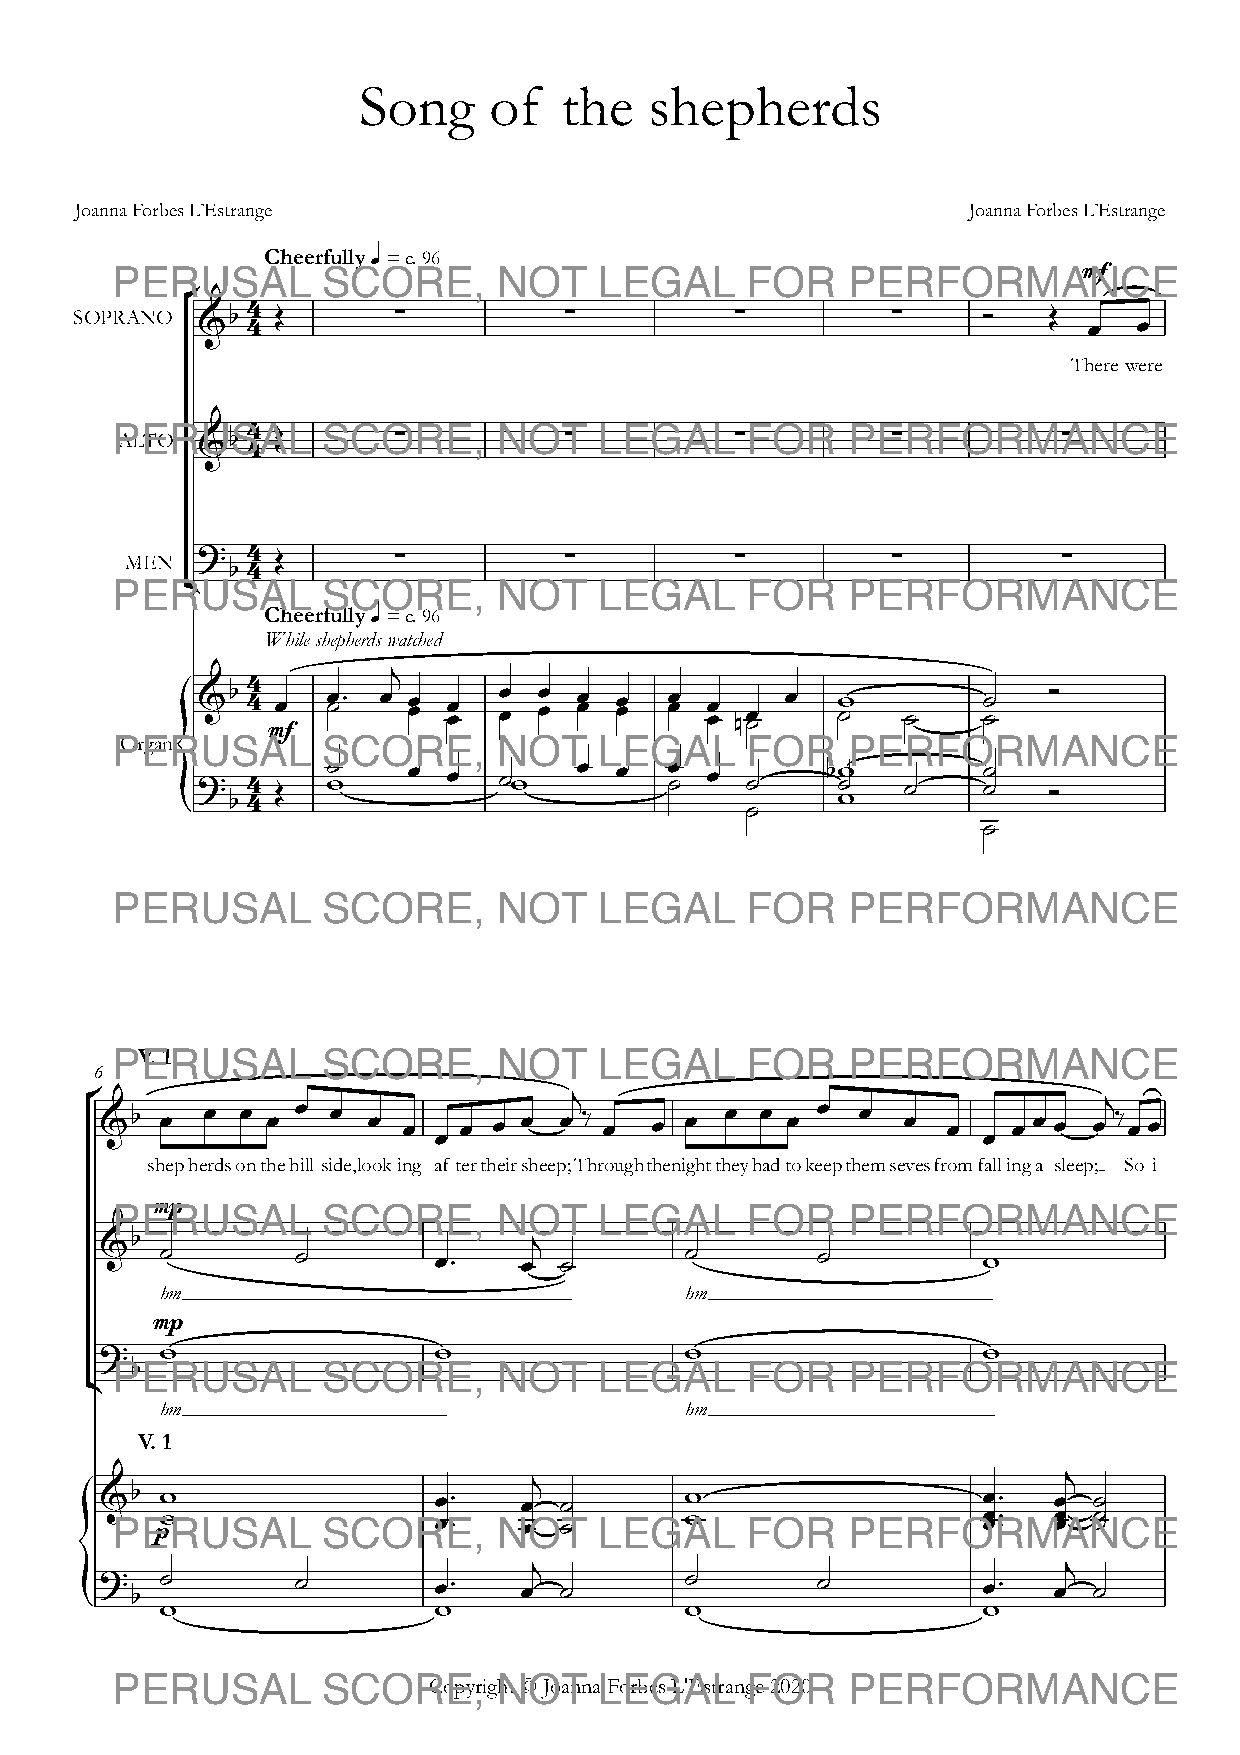
Song    of   the   shepherds
 Joanna Forbes L’Estrange                                   Joanna Forbes L’Estrange
 Cheerfully q = c. 96
 mf
 °
 4
 b  Œ       ∑          ∑           ∑         ∑     Ó   Œ
 SOPRANO &  4                                                       œ  œ
 There were
 4
 b  Œ       ∑          ∑           ∑         ∑          ∑
 &  4
 ALTO
 ?  4
 Œ       ∑          ∑           ∑         ∑          ∑
 b4
 MEN ¢
 Cheerfully q = c. 96
 While shepherds watched
 j
 4
 {&b 4 œ   œ ˙™ œ œ œ œ œ œ œ œ œ œ œ œ œ œ œ œ œ nœ ˙ œ w ˙ ˙ ˙ ˙ Ó
 mf
 Organ ? b4
 4
 Œ   ˙ w  œ  œ  ˙w   œ  œ  œ ˙ œ ˙    b ˙ ww ˙  ˙˙  Ó
 ˙
 ˙
 V. 1
 6
 ° &b œ  œ œ œ œ œ œ  œ  œ  œ œ œj ‰ œ œ œ œ œ œ œ  œ  œ  œ   œœœ  œj ‰ œœ
 œ                                   œ
 shepherdsonthehill side,looking af-tertheirsheep;Throughthenighttheyhadtokeepthemsevesfromfall-inga-sleep; So i
 mp
 &b
 ˙        ˙        œ™
 œj
 ˙       ˙        ˙          w
 hm                                hm
 mp
 ?   w                 w               w                   w
 b
 ¢
 hm                                hm
 V. 1
 j                                   j
 &b  w                 œ™   œ  ˙       w                   œ™   œ ˙
 {     w                 œ™   œ  ˙       w                   œœ ™™ œœ ˙˙
 p
 j                                   j
 ?
 b
 ˙        ˙        œ™
 œ  ˙
 ˙        ˙          œ™
 œ ˙
 w                 w               w                   w
 Copyright © Joanna Forbes L'Estrange 2020